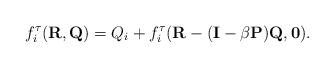
LaTeX: \begin{align*}f_i^\tau(\mathbf{R}, \mathbf{Q}) = Q_i + f_i^\tau(\mathbf{R} - (\mathbf{I} - \beta \mathbf{P}) \mathbf{Q}, \mathbf{0}).\end{align*}